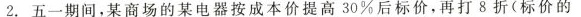
2.五一期间，某商场的某电器按成本价提高30%后标价，再打8折(标价的